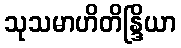
သုသမာဟိတိန္ဒြိယာ